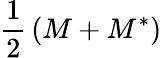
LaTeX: {\frac{1}{2}}\left(M+M^{*}\right)